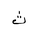
Letter: _tha